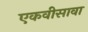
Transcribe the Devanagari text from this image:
एकवीसावा